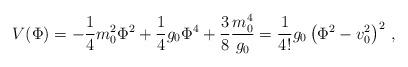
LaTeX: \begin{align*}V(\Phi)=-\frac{1}{4}m_0^2\Phi^2 +\frac{1}{4}g_0\Phi^4+\frac{3}{8}\frac{m_0^4}{g_0}=\frac{1}{4!} g_0 \left(\Phi^2-v_0^2\right)^2 \,,\end{align*}